Annual administration report of the Civil Veterinary Department, Sind - 1944-1945
Year: 1944
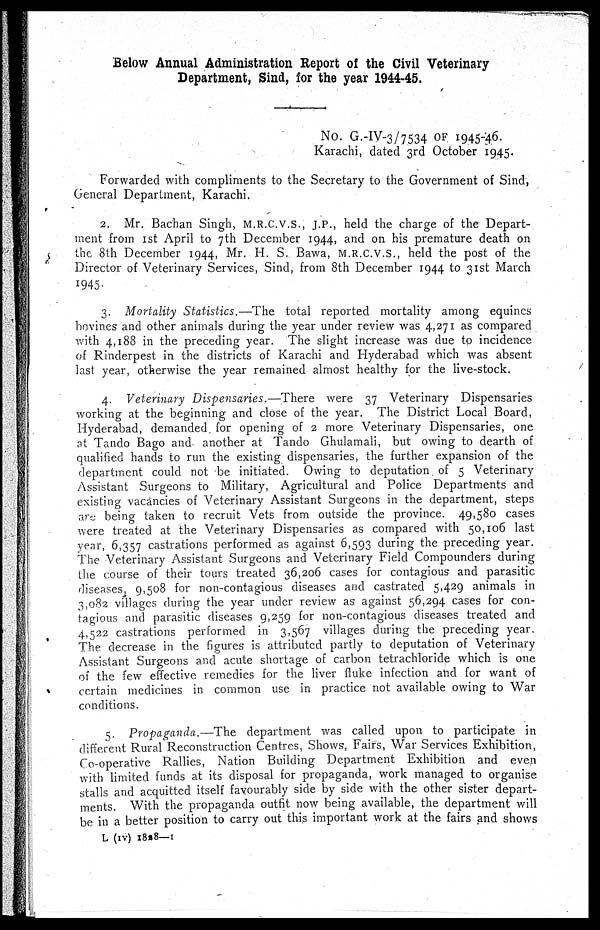
Below Annual Administration Report of the Civil Veterinary
Department, Sind, for the year 1944-45.
No. G.-IV-3/7534 OF 1945-46.
Karachi, dated 3rd October 1945.
Forwarded with compliments to the Secretary to the Government of Sind,
General Department, Karachi.
2. Mr. Bachan Singh, M.R.C.V.S., J.P., held the charge of the Depart-
ment from 1st April to 7th December 1944, and on his premature death on
the 8th December 1944, Mr. H. S. Bawa, M.R.C.V.S., held the post of the
Director of Veterinary Services, Sind, from 8th December 1944 to 31st March
1945.
3. Mortality Statistics.—The
total reported mortality among equines
bovines and other animals during the year under review was 4,271 as compared
with 4,188 in the preceding year. The slight increase was due to incidence
of Rinderpest in the districts of Karachi and Hyderabad which was absent
last year, otherwise the year remained almost healthy for the live-stock.
4. Veterinary Dispensaries.—There
were 37 Veterinary Dispensaries
working at the beginning and close of the year. The District Local Board,
Hyderabad, demanded, for opening of 2 more Veterinary Dispensaries, one
at Tando Bago and another at Tando Ghulamali, but owing to dearth of
qualified hands to run the existing dispensaries, the further expansion of the
department could not be initiated. Owing to deputation of 5 Veterinary
Assistant Surgeons to Military, Agricultural and Police Departments and
existing vacancies of Veterinary Assistant Surgeons in the department, steps
are being taken to recruit Vets from outside the province. 49,580 cases
were treated at the Veterinary Dispensaries as compared with 50,106 last
year, 6,357 castrations performed as against 6,593 during the preceding year.
The Veterinary Assistant Surgeons and Veterinary Field Compounders during
the course of their tours treated 36,206 cases for contagious and parasitic
diseases, 9,508 for non-contagious diseases and castrated 5,429 animals in
3,082 villages during the year under review as against 56,294 cases for con-
tagious and parasitic diseases 9,259 for non-contagious diseases treated and
4,522 castrations performed in 3,567 villages during the preceding year.
The decrease in the figures is attributed partly to deputation of Veterinary
Assistant Surgeons and acute shortage of carbon tetrachloride which is one
of the few effective remedies for the liver fluke infection and for want of
certain medicines in common use in practice not available owing to War
conditions.
5. Propaganda.—The
department was called upon to participate in
different Rural Reconstruction Centres, Shows, Fairs, War Services Exhibition,
Co-operative Rallies, Nation Building Department Exhibition and even
with limited funds at its disposal for propaganda, work managed to organise
stalls and acquitted itself favourably side by side with the other sister depart-
ments. With the propaganda outfit now being available, the department will
be in a better position to carry out this important work at the fairs and shows
L (IV) 1828— 1